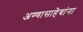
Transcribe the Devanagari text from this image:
अण्णासाहेबांना